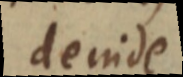
deinde